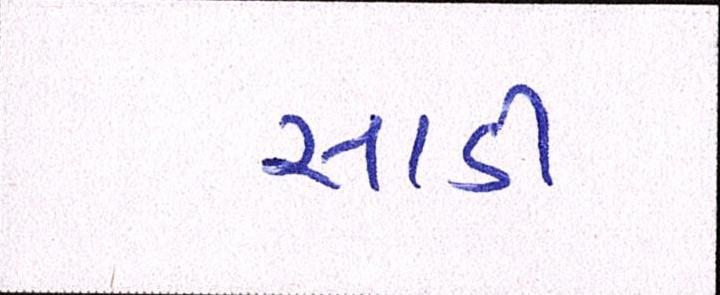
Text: સાડી